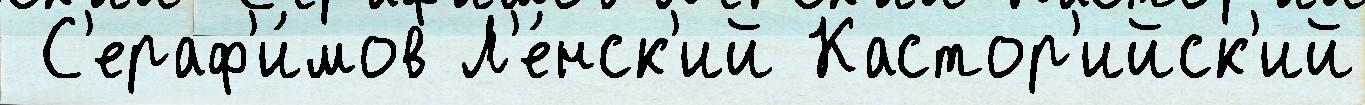
 С'ераф'и́мов Л'е́нск'ий Кастор'ийск'ий